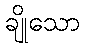
ချိုသော